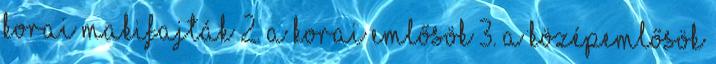
korai makifajták 2. A korai emlősök 3. A középemlősök